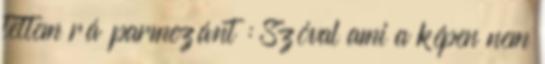
tettem rá parmezánt : Szóval ami a képen nem